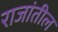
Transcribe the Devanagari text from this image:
राजांतील